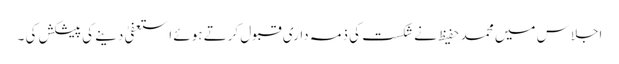
اجلاس میں محمد حفیظ نے شکست کی ذمہ داری قبول کرتے ہوئے استعفیٰ دینے کی پیشکش کی ۔